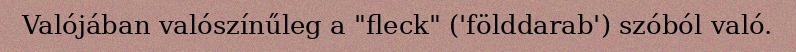
Valójában valószínűleg a "fleck" ('földdarab') szóból való.